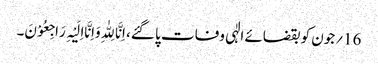
16؍جون کو بقضائے الٰہی وفات پا گئے، اِنَّا لِلّٰہِ وَاِنَّااِلَیْہِ رَاجِعُوْنَ۔